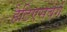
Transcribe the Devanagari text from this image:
हैटिएसबर्ग